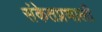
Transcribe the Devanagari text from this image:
संकेतप्रणाली